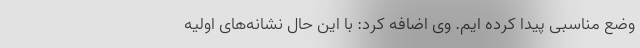
وضع مناسبی پیدا کرده ایم. وی اضافه کرد: با این حال نشانه‌های اولیه